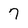
Character: 7